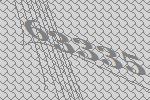
63335